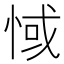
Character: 惐